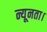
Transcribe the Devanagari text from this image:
न्यूनता।